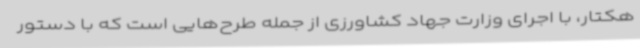
هکتار، با اجرای وزارت جهاد کشاورزی از جمله طرح‌هایی است که با دستور